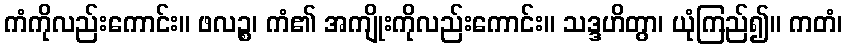
ကံကိုလည်းကောင်း။ ဖလဉ္စ၊ ကံ၏ အကျိုးကိုလည်းကောင်း။ သဒ္ဒဟိတွာ၊ ယုံကြည်၍။ ကတံ၊